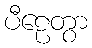
ပီဠေတွာ